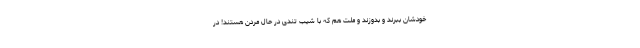
خودشان ببرند و بدوزند و ملت هم که با شیب تندی در حال مردن هستند! در